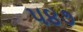
૫૪૭